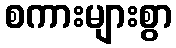
စကားများစွာ